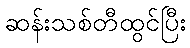
ဆန်းသစ်တီထွင်ပြီး